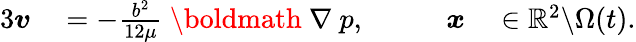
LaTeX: \begin{array}{rlrl}{{3}\boldsymbol{v}}&{{}=-\frac{b^{2}}{12\mu}\mathrm{~\boldmath~\nabla~}p,\qquad}&{\boldsymbol{x}}&{{}\in\mathbb{R}^{2}\backslash\Omega(t).}\end{array}